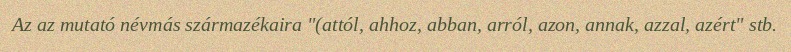
Az az mutató névmás származékaira "(attól, ahhoz, abban, arról, azon, annak, azzal, azért" stb.